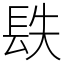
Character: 镻